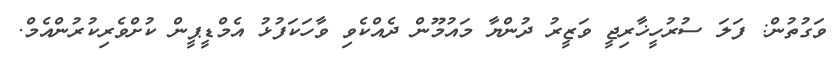
ވަގުތުން: ފަލަ ސުރުހީޚާރިޖީ ވަޒީރު ދުންޔާ މައުމޫން ދެއްކެވި ވާހަކަފުޅު އެމްޑީޕީން ކުށްވެރިކުރުންއެމް.